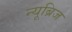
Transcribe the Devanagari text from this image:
न्यूब्रिज